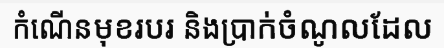
កំណើនមុខរបរ និងប្រាក់ចំណូលដែល